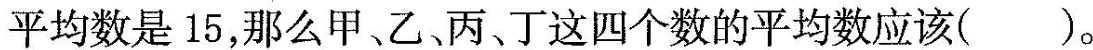
平均数是15，那么甲、乙丙、丁这四个数的平均数应该()。